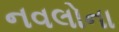
નવલોના